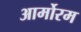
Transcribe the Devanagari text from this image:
आर्मोरम